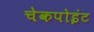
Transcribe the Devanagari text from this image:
चेकपोइंट